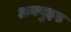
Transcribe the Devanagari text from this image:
अक्युझ्ड